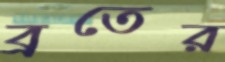
ব্রতের